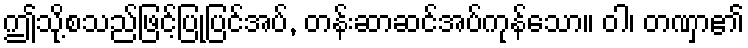
ဤသို့စသည်ဖြင့်ပြုပြင်အပ်, တန်းဆာဆင်အပ်ကုန်သော။ ဝါ၊ တဏှာ၏